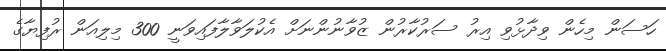
ހަސަން މިހެން ވިދާޅުވި އިރު ސަރުކާރުން ޒުވާނުންނަށް އެކުލަވާލާފައިވަނީ 300 މިލިއަން ރުފިޔާގެ